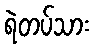
ရဲတပ်သား